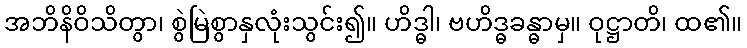
အဘိနိဝိသိတွာ၊ စွဲမြဲစွာနှလုံးသွင်း၍။ ဟိဒ္ဓါ၊ ဗဟိဒ္ဓခန္ဓာမှ။ ဝုဋ္ဌာတိ၊ ထ၏။